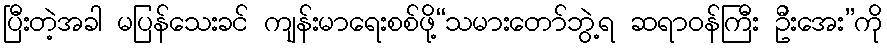
ပြီးတဲ့အခါ မပြန်သေးခင် ကျန်းမာရေးစစ်ဖို့“သမားတော်ဘွဲ့ရ ဆရာဝန်ကြီး ဦးအေး”ကို